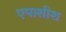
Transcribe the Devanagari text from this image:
एपाशीश